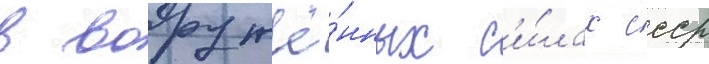
в вооружё́нных с'и́лах ссср